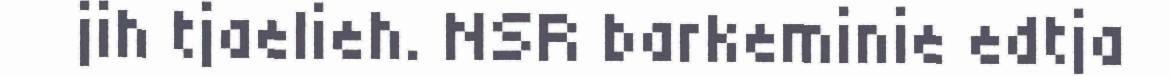
jih tjaelieh. NSR barkeminie edtja